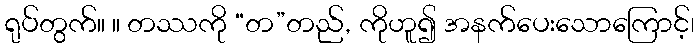
ရုပ်တွက်။ ။ တဿကို “တ”တည်, ကိုဟူ၍ အနက်ပေးသောကြောင့်၊